King Institute of Preventive Medicine Micro-Biological Section reports 1912-19
Year: 1912
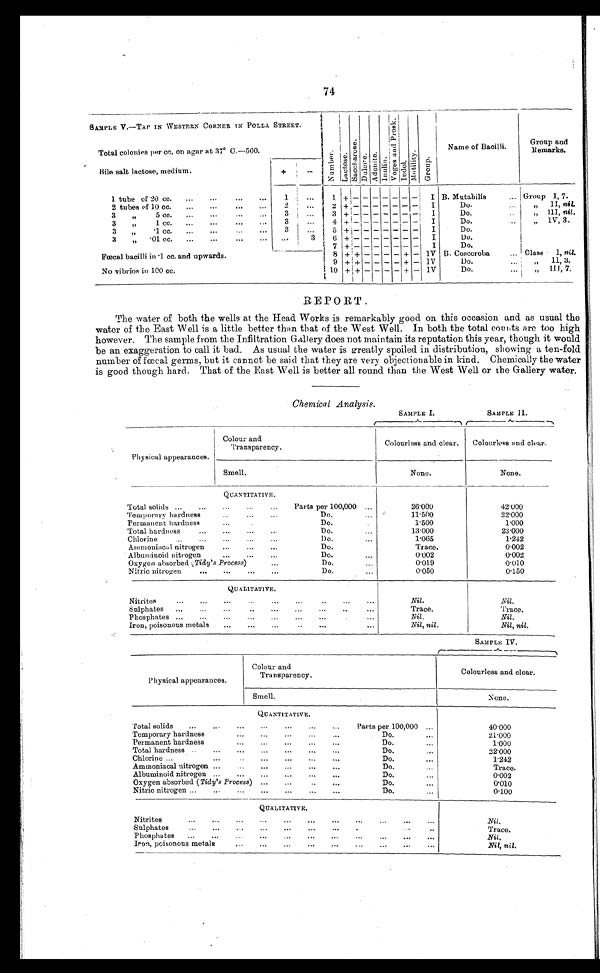
74
SAMPLE V.—TAP IN WESTERN CORNER IN POLLA STREET.
N u m b e r .
La c t o s e .
S a c c h a r o s e . Dul ci t e. Adoni t e . I n u l i n .
V o g e s a n d P r o s k . I ndol . Mo t i l i t y . Group.
Name of Bacilli.
Group and
Remarks.
Total colonies per cc. on agar at 37° C.—560.
Bile salt lactose, medium.
+
-
1 tube of 20 cc.
...
...
...
...
1
. . .
1
+
-
- - - - - -
I B. Mutabilis
... Group I, 7.
2 tubes of 10 cc.
...
...
...
2
. . .
2
+ -
- - - - - -
I
Do.
.. .
„
II,
nil.
3 „ 5 cc. ... ... ... ...
3
...
3
+ -
- - - - - -
I
Do.
...
„ III, nil.
3
„
1 cc.
...
...
3
. . . 4
+ -
- - - - - -
I
Do. ..
.
„ IV, 3.
3
„
.1 cc.
...
...
...
3
. . . 5
+ -
- - - - - -
I
Do. ..
.
3
„ .01 cc. ... ... ... ...
...
3
6
+ -
- - - - - -
I
Do. ..
.
7
+ -
- - - - - -
I
Do.
..
.
Fœcal bacilli in .1 cc. and upwards.
8 + + - - - - + - IV B. Coscoroba
... Class I, nil.
9 + + - - - - + - IV
Do.
...
„ II, 3.
No vibrios in 100 cc.
1 0
+ + - - - - + - IV
Do.
..
.
„ I I I , 7 .
REPORT
The water of both the wells at the Head Works is remarkably good on. this occasion and. as usual the
water of the East Well is a little better than that of the West Well. In both the total counts are too high
however. The sample from the Infiltration Gallery does not maintain its reputation this year, though it would
be an exaggeration to call it bad. As usual the water is greatly spoiled in distribution, showing a ten-fold
number of fœcal germs, but it cannot be said that they are very objectionable in kind. Chemically the water
is good though hard. That of the East Well is better all round than. the West Well or the Gallery water.
Chemical Analysis.
SAMPLE I.
SAMPLE I I .
Physical appearances.
Colour and
Transparency.
Colourless and clear. Colourless and char.
Smell.
None.
None.
QUANTITATIVE.
Total solids ...
...
...... Parts per 100,000
26.000
42.000
Temporary hardness
...
. . .
Do
. ...
11.500
22.000
Permanent hardness
...
Do.
...
1.500
1.000
Total hardness
...
...
. . .
Do.
...
1 3 . 0 0 0
23.000
Chlorine
...
...
...
...
Do.
...
1.065
1.242
Ammoniacal nitrogen
...
...
...
Do.
...
Trace.
0.002
Albuminoid nitrogen
...
...
. . .
Do.
...
0.002
0.002
Oxygen absorbed
( T i d y ' s P r o c e s s
) . . .
Do.
...
0 . 0 1 9
0.010
Nitric nitrogen
...
...
...
...
Do.
...
0 . 0 5 0
0.150
QUALITATIVE.
Nitrites
...
...
...
...
...
...
..
...
...
Nil.
Nil.
Sulphates ...
...
...
..
...
...
...
...
Trace.
Trace.
Phosphates ...
...
...
...
...
...
...
Nil
Nil.
Iron, poisonous metals
...
...
...
..
...
Nil, nil.
Nil, nil.
SAMPLE IV.
Physical appearances.
Colour and
Transparency.
Colourless and clear.
Smell.
None.
QUANTITATIVE.
T o t a l s o l i d s
. . .
. . .
. . .
. . . . . .
Parts per 100,000
40.000
T e m p o r a r y h a r d n e s s
Do.
...
21.000
Permanent hardness
...
...
...
Do.
...
1.000
Total hardness ... . . .
. . .
. . .
Do.
..
.
22.000
Chlorine
...
...
Do.
...
1.242
Ammoniacal nitrogen ...
...
...
Do.
...
Trace.
Albuminoid nitrogen ...
...
...
...
Do.
...
0.002
Oxygen absorbed ( Tidy's Process ) ....
Do.
...
0.010
Nitric nitrogen ...
...
...
. . .
. . .
Do.
...
0.100
QUALITATIVE.
Nitrites
...
...
...
...
...
...
...
Nil.
Sulphates
...
Trace.
Phosphates ...
... ...
Nil.
Iron, poisonous metals
...
...
...
. . .
. . .
Nil, nil.